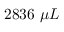
2 8 3 6 ~ \mu L